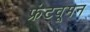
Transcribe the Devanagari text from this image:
फ्रंटवूमन